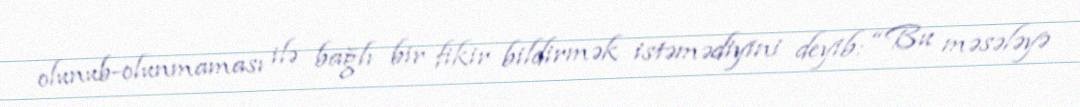
olunub-olunmaması ilə bağlı bir fikir bildirmək istəmədiyini deyib: “Bu məsələyə